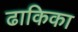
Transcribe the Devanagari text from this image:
ढाकिका